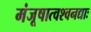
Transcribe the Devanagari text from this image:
मंजूषात्वश्वनद्याः